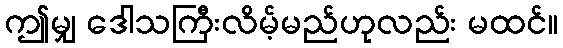
ဤမျှ ဒေါသကြီးလိမ့်မည်ဟုလည်း မထင်။